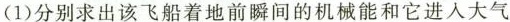
（1）分别求出该飞船着地前瞬间的机械能和它进入大气